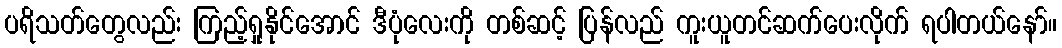
ပရိသတ်တွေလည်း ကြည့်ရှုနိုင်အောင် ဒီပုံလေးကို တစ်ဆင့် ပြန်လည် ကူးယူတင်ဆက်ပေးလိုက် ရပါတယ်နော်။